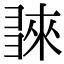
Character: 𢑬